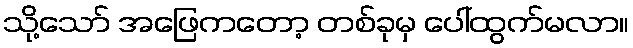
သို့သော် အဖြေကတော့ တစ်ခုမှ ပေါ်ထွက်မလာ။